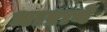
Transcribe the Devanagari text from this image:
धाऱायें